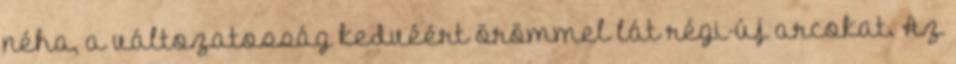
néha, a változatosság kedvéért örömmel lát régi-új arcokat. Az